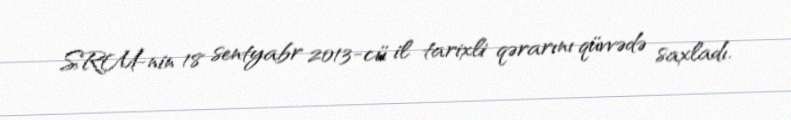
SRM-nin 18 sentyabr 2013-cü il tarixli qərarını qüvvədə saxladı.